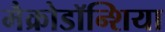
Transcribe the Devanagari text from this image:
मैक्रोडॉन्शिया